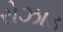
રોઝાડ